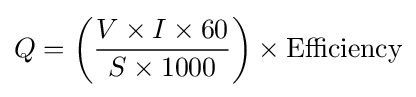
Q=\left({\frac {V\times I\times 60}{S\times 1000}}\right)\times \mathrm {Efficiency}